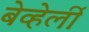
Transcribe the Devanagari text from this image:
बेव्हेर्ली